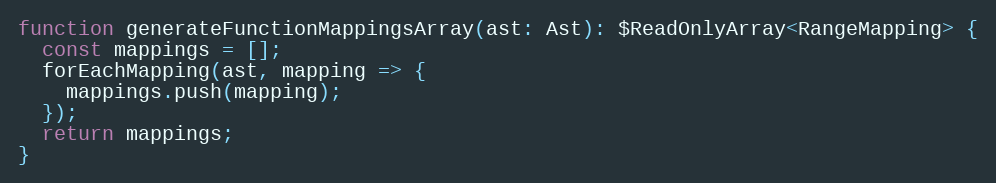
Language: JavaScript
function generateFunctionMappingsArray(ast: Ast): $ReadOnlyArray<RangeMapping> {
  const mappings = [];
  forEachMapping(ast, mapping => {
    mappings.push(mapping);
  });
  return mappings;
}